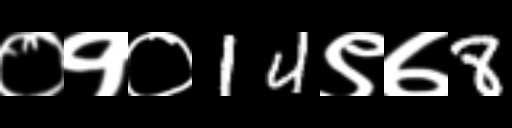
Text: ०१०14९७8